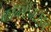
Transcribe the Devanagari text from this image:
कॉन्स्टेनटाइन